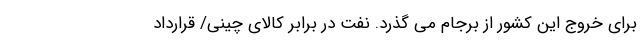
برای خروج این کشور از برجام می گذرد. نفت در برابر کالای چینی/ قرارداد